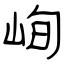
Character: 峋